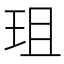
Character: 珇